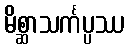
မိစ္ဆာသင်္ကပ္ပဿ